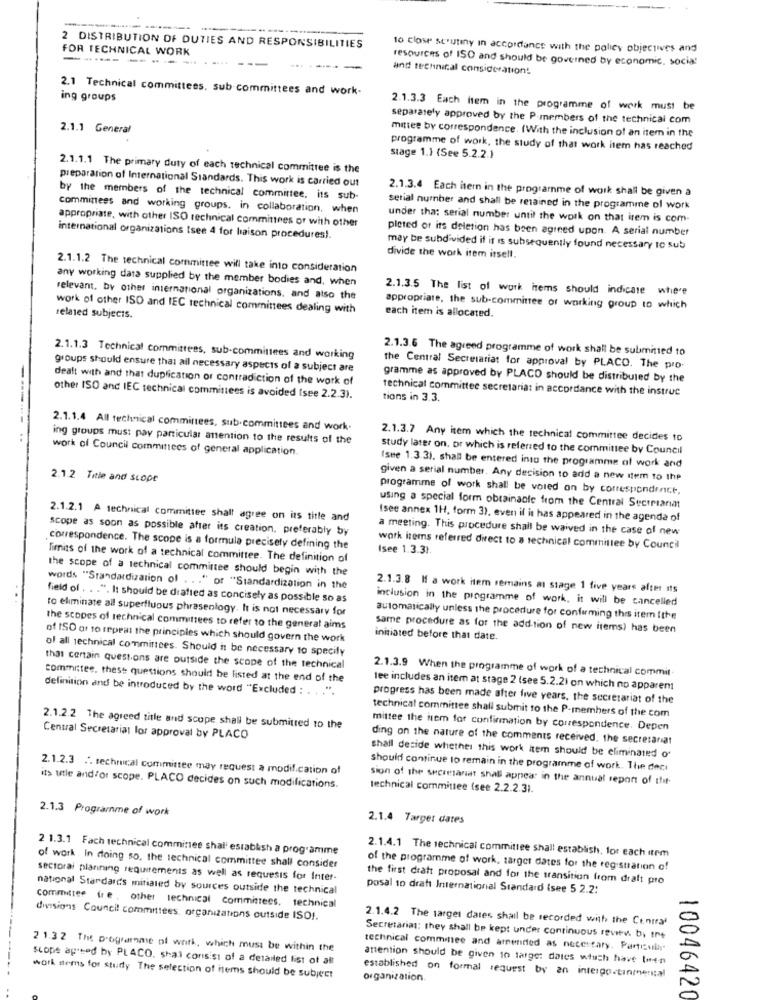
FOR TECHNICAL WORK
2 DISTRIBUTION OF DUTIES AND RESPONSIBILITIES
to close scrutiny in accordance with the policy objectives and
-----
--------
resources of ISO and should be governed by economic, social
and technical consideration!
2.1 Technical committees, sub committees and work-
ing groups
2.1.3.3 Each item in the programme of work must be
separately approved by the P members of the technical com
2.1.1 General
mittee by correspondence. (With the inclusion of an item in the
programme of work, the study of that work item has reached
stage 1.1 (See 5.2.2.)
2.1.1.1 The primary duty of each technical committee is the
preparation of International Standards. This work is carried out
2.1.3.4 Each item in the programme of work shall be given a
by the members of the technical committee, its sub-
committees and working groups. in collaboration. when
serial number and shall be retained in the programme of work
appropriate, with other ISO technical committees or with other
under tha: serial number until the work on that item is com.
pleted of its deletion has been agreed upon. A serial number
international organizations tsee 4 for liaison procedures !.
may be subdivided if it is subsequently found necessary to sub
divide the work item itsell.
2.1.1.2 The technical committee will take into consideration
any working data supplied by the member bodies and, when
2.1.3.5 The list of work items should indicate where
relevant, by other international organizations, and also the
work of other ISD and IEC technical committees dealing with
appropriate, the sub-committee of working group to which
related subjects.
each item is allocated.
2.1.3.6 The agreed programme of work shall be submitted to
2.1.1.3 Technical committees, sub-committees and working
groups should ensure that all necessary aspects of a subject are
the Central Secretariat for approval by PLACO. The pro-
dealt with and that duplication of contradiction of the work of
gramme as approved by PLACO should be distributed by the
technical committee secretariat in accordance with the instruc
other ISO and IEC technical committees is avoided (see 2.2.3).
tions in 3.3.
2.1.1.4 All technical committees, sub-committees and work.
ing groups must pay particular attention to the results of the
2.1.3.7 Any item which the technical committee decides to
work of Council committees of general application.
study later on. or which is referred to the committee by Council
Isee 1.3.3). shall be entered into the programme of work and
2.1.2 Title and scope
given a serial number. Any decision to add a new item to the
programme of work shall be voled on by correspondence.
using a special form obtainable from the Central Secretariat
2.1.2.1 A technical committee shall agree on its title and
Isee annex 1H, form 3), even if it has appeared in the agenda of
scope as soon as possible after its creation, preferably by
a meeting. This procedure shall be waived in the case of new
correspondence. The scope is a formula precisely defining the
work items referred direct to a technical committee by Council
Isee 1.3.3).
limits of the work of a technical committee. The definition of
the scope of a technical committee should begin with the
words "Standardization of . . . " or "Standardization in the
2.1.3.8 If a work item remains at stage 1 five years after its
field of . . . ". It should be drafted as concisely as possible so as
inclusion in the pingramme of work, it will be cancelled
to eliminate all superfluous phrasenlogy. It is not necessary for
automatically unless the procedure for confirming this item fthe
the scopes of technical committees to refer to the general aims
same procedure as for the addition of new items) has been
of ISO or to repeat the principles which should govern the work
initiated before that date.
of all technical committees. Should i be necessary to specify
that certain questions are outside the scope of the technical
2.1.3.9 When the programme of work of a technical commit
committee, these questions should be listed at the end of the
definition and be introduced by the word "Excluded : . . . ".
lee includes an item at stage 2 (see 5.2.2) on which no apparent
progress has been made after five years, the secretariat of the
technical committee shall submit to the P-members of the com
2.1.2.2 The agreed title and scope shall be submitted to the
mittee the hem for confirmation by correspondence. Depen
Central Secretariat lor approval by PLACO
ding on the nature of the comments received, the secretariat
shall decide whether this work item should be eliminated o
2.1.2.3 . technical committee may request a modification of
should continue to remain in the programme of work. The deci
sion of the secretariat shall appear in the annual report of thef.
its utle andfor scope. PLACO decides on such modifications.
technical committee (see 2.2.2.3).
2.1.3 Programme of work
2.1.4 Target dates
2 1.3.1 Fach technical comminee shall establish a programme
2.1.4.1 The technical committee shall establish, for each item
of work In doing so, the technical committee shall consider
of the programme of work, target dates for the registration of
sectoral planning requirements as well as requests for Inter-
the first draft proposal and for the transition from dralt pro
national Standards mitialed by sources outside the technical
posal to draft International Standard (see 5 2.2:
committee (re , other technical Committees, technical
divisions Council committees, organizations outside ISO !.
2.1.4.2 The target dates shall be recorded with the Contrat
Secretariat: they shall be kept under continuous review. by the
2 1.32 The D'ogramme of work, which must be within the
technical comminee and amended as necessary. Particul
scope ap ted by PLACO. shai consist of a detailed list of all
amention should be given to target dates which have twen
work stems for study The selection of nems should be subject
organization.
established on formal request by an intergo.tinmental
10046420